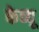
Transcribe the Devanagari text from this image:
केव्यू